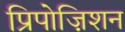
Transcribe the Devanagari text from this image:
प्रिपोज़िशन